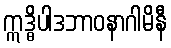
ဣဒ္ဓိပါဒဘာဝနာဂါမိနီ